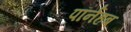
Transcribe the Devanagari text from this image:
पॉर्नहब